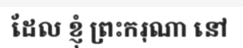
ដែល ខ្ញុំ ព្រះករុណា នៅ